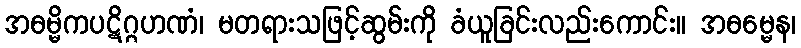
အဓမ္မိကပဋိဂ္ဂဟဏံ၊ မတရားသဖြင့်ဆွမ်းကို ခံယူခြင်းလည်းကောင်း။ အဓမ္မေန၊